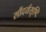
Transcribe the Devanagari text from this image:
सौंदर्यसृष्टि